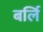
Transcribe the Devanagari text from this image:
बर्लि